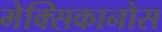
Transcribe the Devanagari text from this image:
मेक्सिकानोस